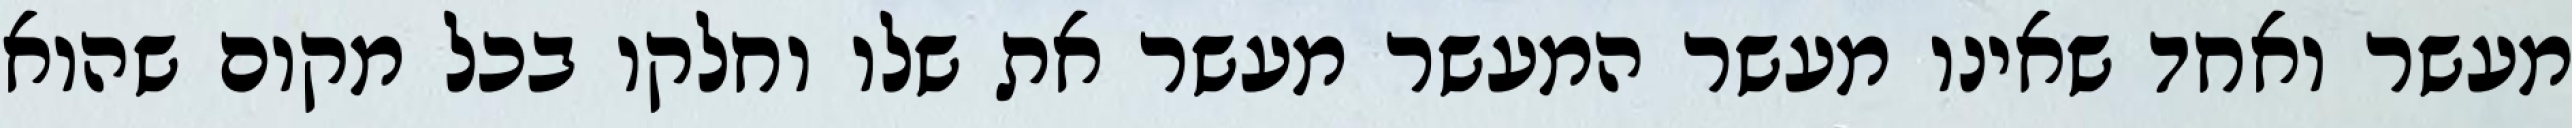
מעשר ואחד שאינו מעשר המעשר מעשר את שלו וחלקו בכל מקום שהוא